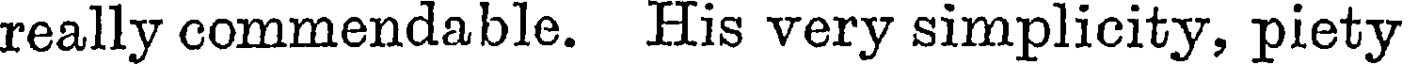
really commendable. His very simplicity, piety